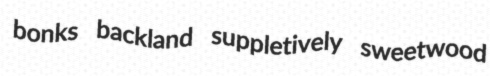
bonks backland suppletively sweetwood